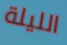
الليلة